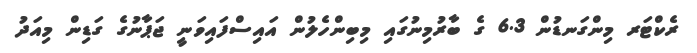
ރެކްޓަރ މިންގަނޑުން 6.3 ގެ ބާރުމިނުގައި މިބިންހެލުން އައިސްފައިވަނީ ޖަޕާނުގެ ގަޑިން މިއަދު